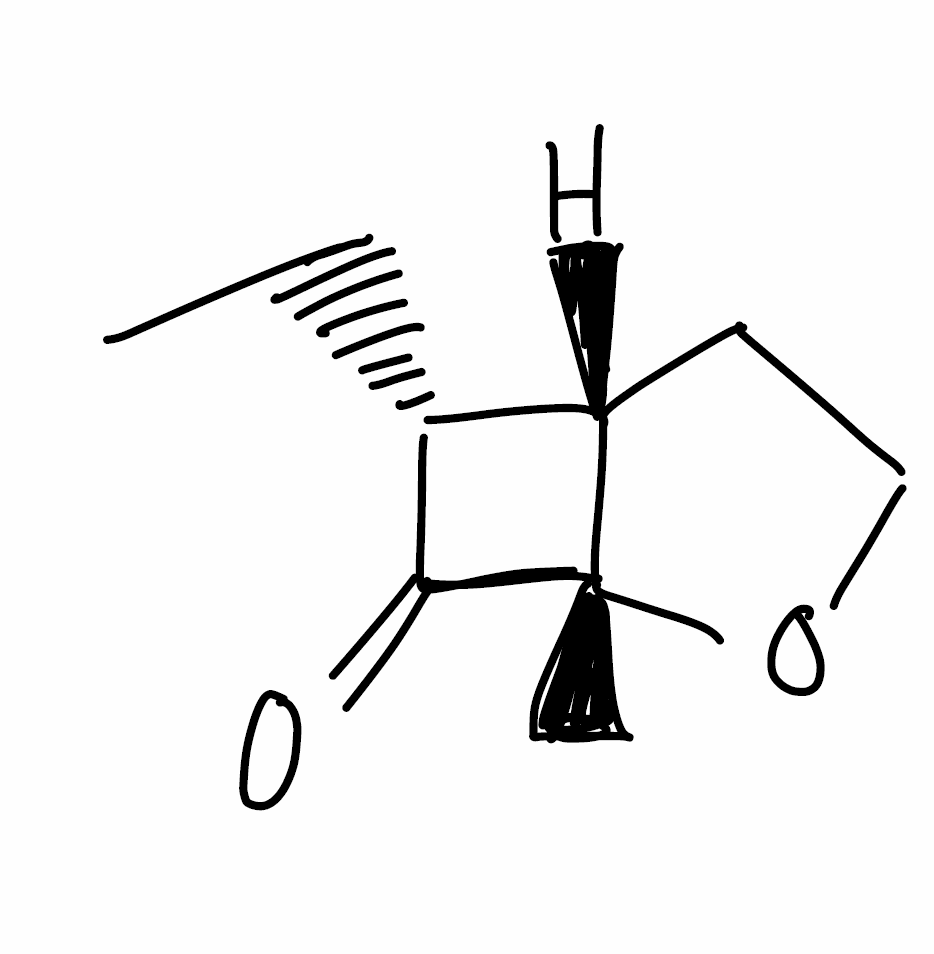
Simplified molecular-input line-entry system (SMILES) notation of the given molecule:
CC[C@@H]1[C@@H]2CCO[C@@]2(C1=O)C